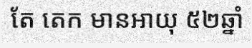
តែ តេក មានអាយុ ៥២ឆ្នាំ